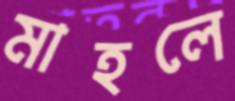
মাহলে